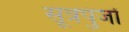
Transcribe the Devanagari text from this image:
सूत्रपुंजों